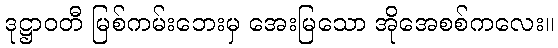
ဒုဋ္ဌာဝတီ မြစ်ကမ်းဘေးမှ အေးမြသော အိုအေစစ်ကလေး။